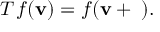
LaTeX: T _ { \mathbf { \delta } } f ( \mathbf { v } ) = f ( \mathbf { v } + \mathbf { \delta } ) .